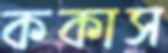
ককাস